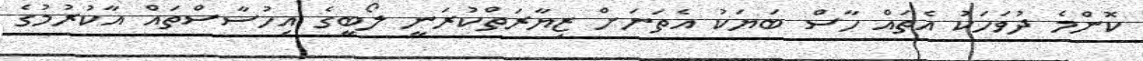
ކޮންމެ ދުވަހަކު އެތައް ހާސް ބަޔަކު އެތަނަށް ޒިޔާރަތްކުރަނީ ލޯބީގެ އިހުސާސްތައް އާކުރުމުގެ